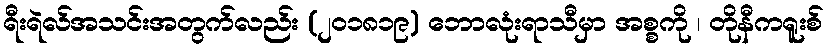
ရီးရဲလ်အသင်းအတွက်လည်း (၂၀၁၈၁၉) ဘောလုံးရာသီမှာ အစ္စကို ၊ တိုနီကရူးစ်